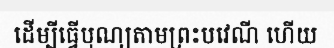
ដើម្បីធ្វើបុណ្យតាមព្រះបវេណី ហើយ